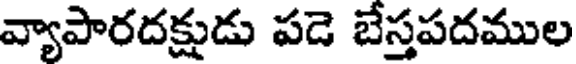
వ్యాపారదక్షుడు పడె బేస్తపదముల